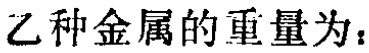
乙种金属的重量为：